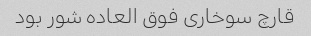
قارچ سوخاری فوق العاده شور بود